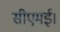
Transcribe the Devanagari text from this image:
सीएमई।